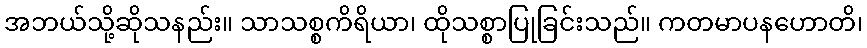
အဘယ်သို့ဆိုသနည်း။ သာသစ္စကိရိယာ၊ ထိုသစ္စာပြုခြင်းသည်။ ကတမာပနဟောတိ၊